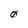
Character: 0